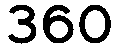
360